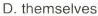
D. themselves